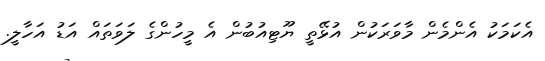
އެކަމަކު އެންމެން މާވަރަކުން އުޅޭތީ ޔޫޓިއުބުން އެ މީހުންގެ ލަވަތައް އަޑު އަހާލީ.